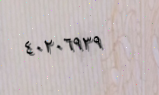
٤٠٢٠٦٩٣٩